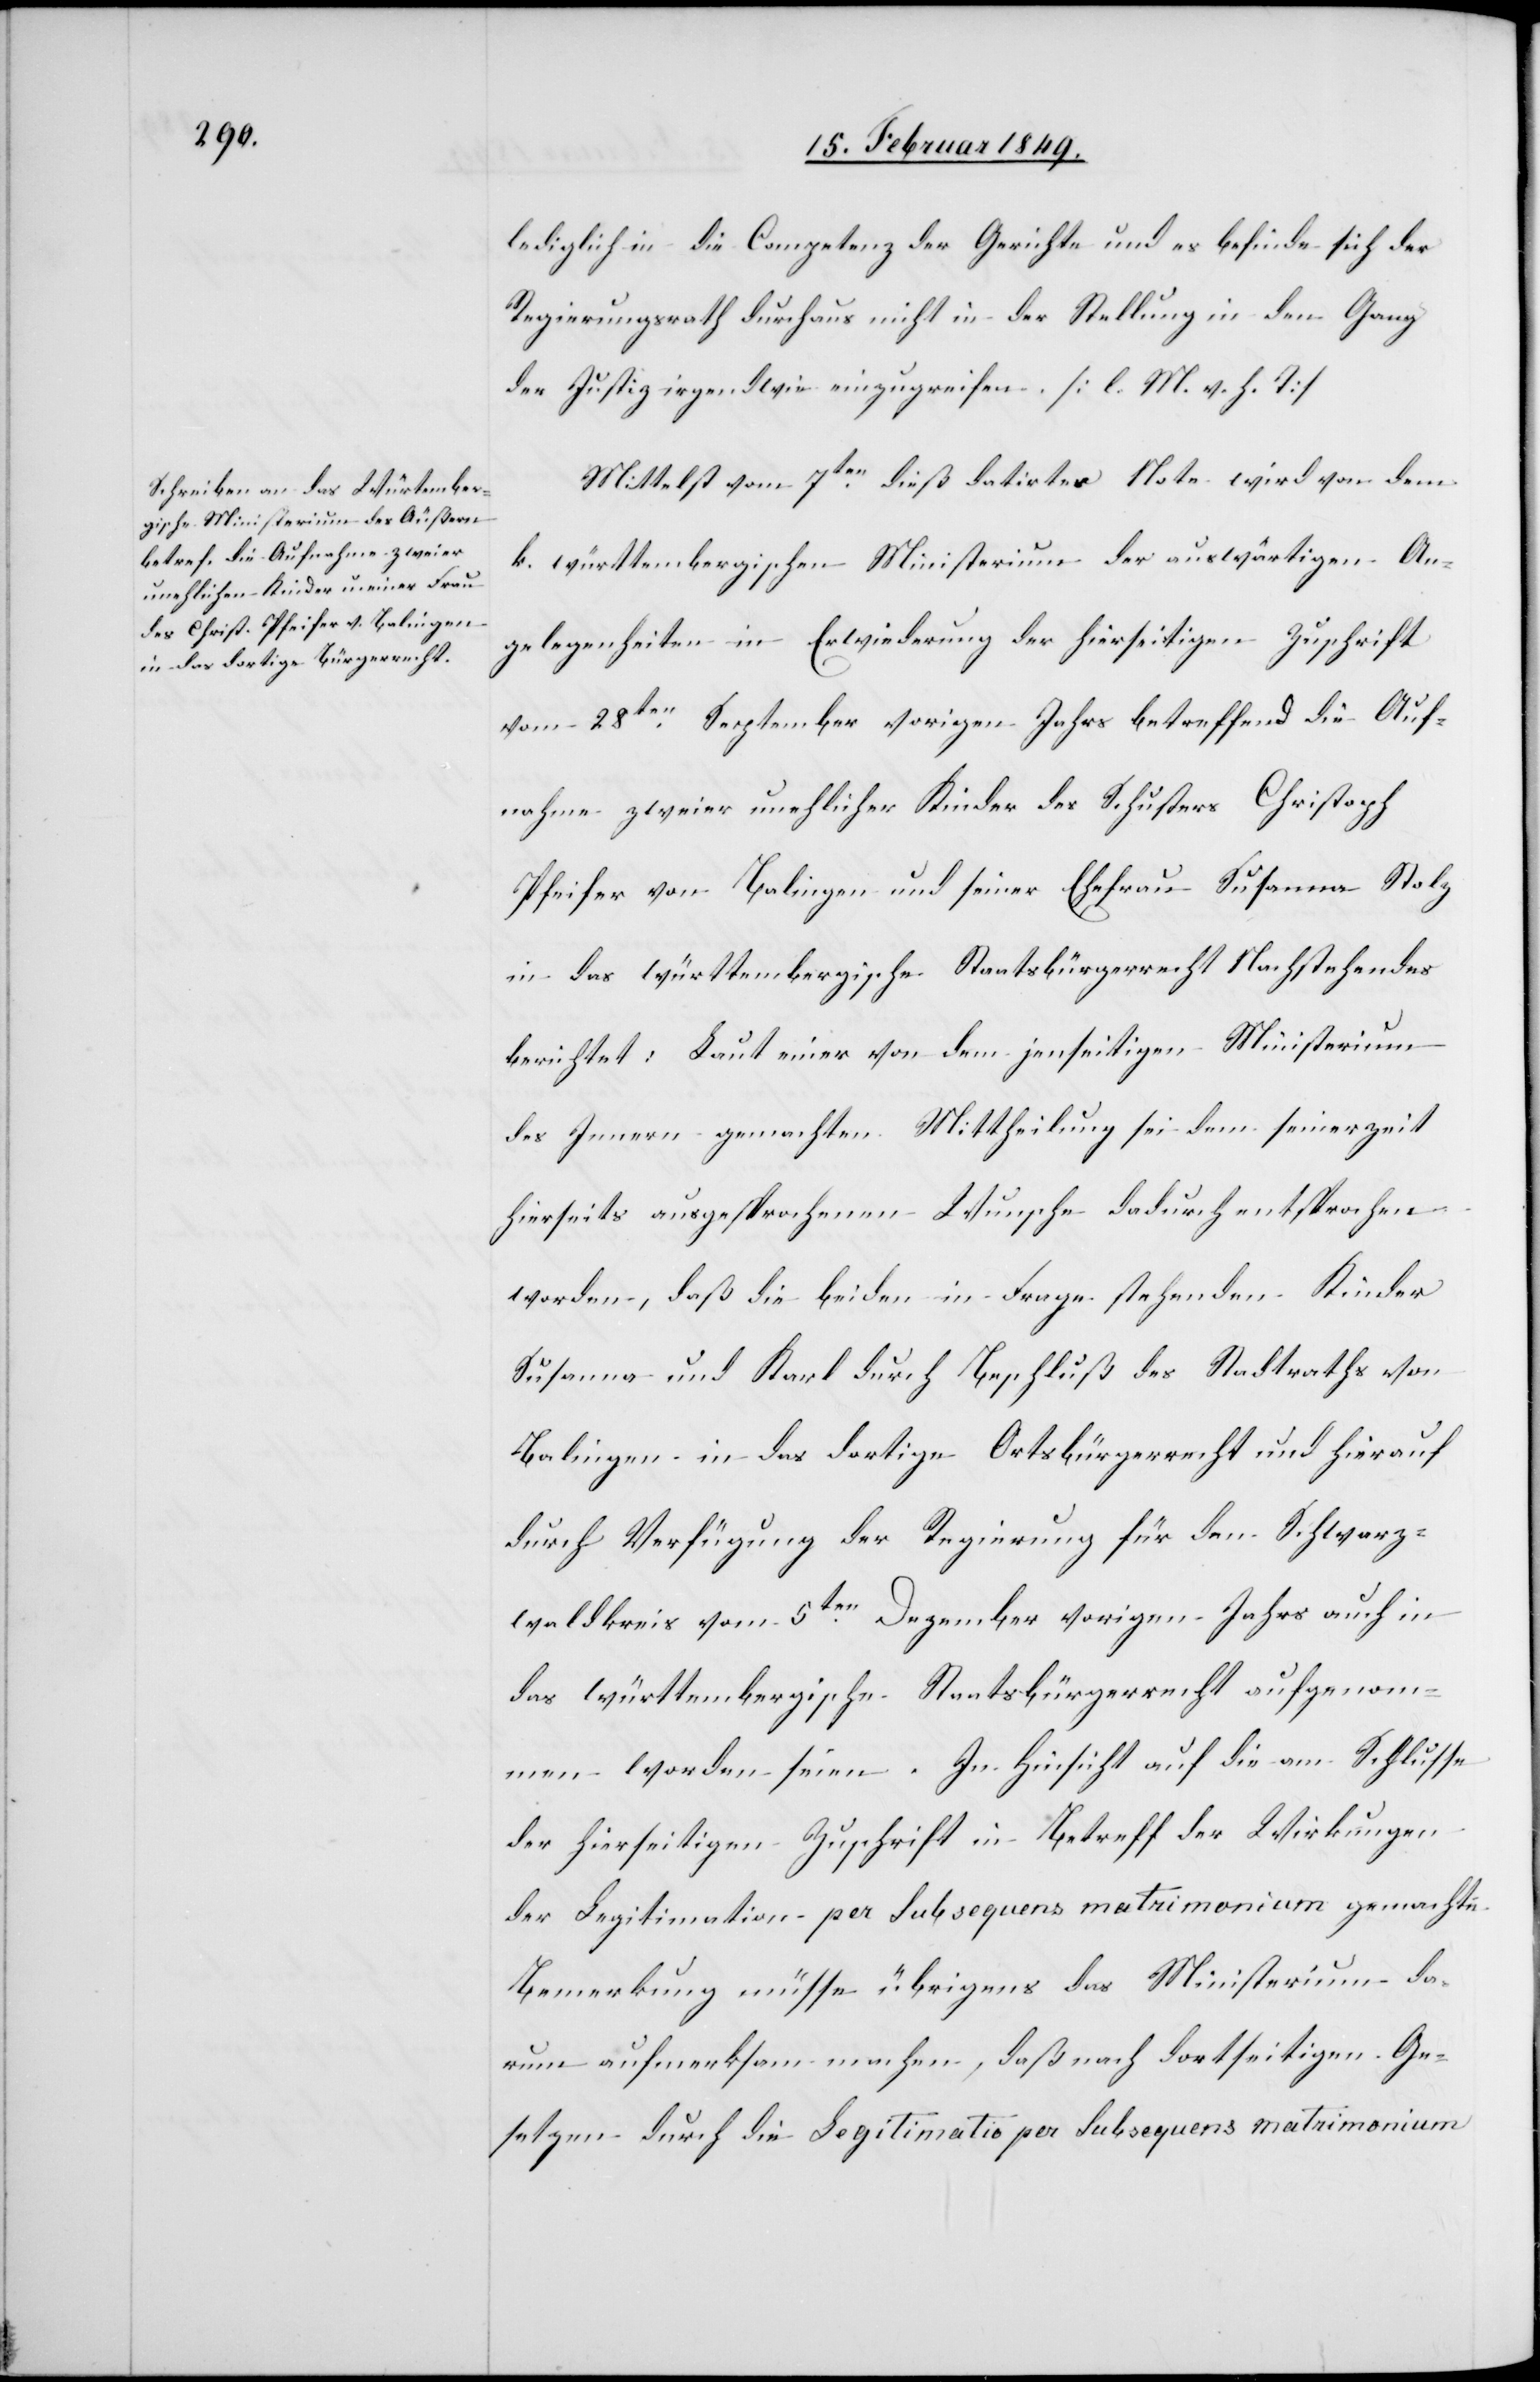
lediglich in die Competenz der Gerichte und es befinde sich der
Regierungsrath durchaus nicht in der Stellung in den Gang
der Justiz irgendwie einzugreifen. [l. M. v. h. T]
Mittelst vom 7ten. dieß datirter Note wird von dem
k. württembergischen Ministerium der auswärtigen An¬
gelegenheiten in Erwiederung der hierseitigen Zuschrift
vom 28ten. September vorigen Jahrs betreffend die Auf¬
nahme zweier unehlicher Kinder des Schusters Christoph
Pfeifer von Balingen und seiner Ehefrau Susanna Stolz
in das württembergische Staatsbürgerrecht Nachstehendes
berichtet: Laut einer von dem jenseitigen Ministerium
des Innern gemachten Mittheilung sei dem seinerzeit
hierseits ausgesprochenen Wunsche dadurch entsprochen
worden, daß die beiden in Frage stehenden Kinder
Susanna und Karl durch Beschluß des Stadtraths von
Balingen in das dortige Ortsbürgerrecht und hierauf
durch Verfügung der Regierung für den Schwarz¬
waldkreis vom 5ten. Dezember vorigen Jahrs auch in
das württembergische Staatsbürgerrecht aufgenom¬
men worden seien. In Hinsicht auf die am Schlusse
der hierseitigen Zuschrift in Betreff der Wirkungen
der Legitimation per Subsequens matrimonium gemachte
Bemerkung müsse übrigens das Ministerium da¬
rum aufmerksam machen, daß nach dortseitigen Ge¬
setzen durch Legitimatio per Subsequens matrimonium